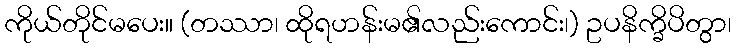
ကိုယ်တိုင်မပေး။ (တဿာ၊ ထိုရဟန်းမ၏လည်းကောင်း၊) ဥပနိက္ခိပိတွာ၊